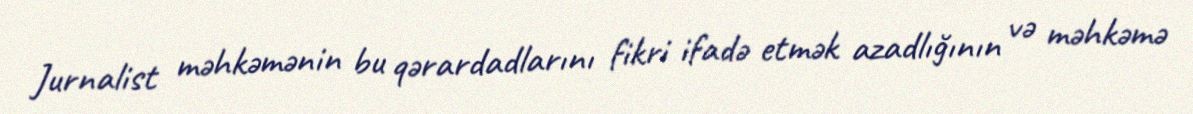
Jurnalist məhkəmənin bu qərardadlarını fikri ifadə etmək azadlığının və məhkəmə